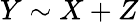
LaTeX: Y\sim X+Z